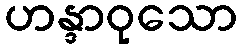
ဟန္ဒာဝုသော